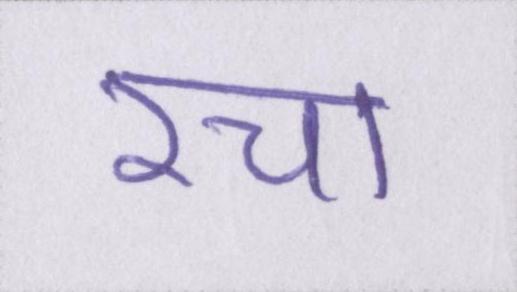
रचा